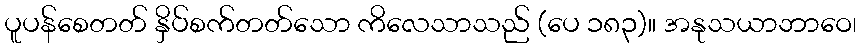
ပူပန်စေတတ် နှိပ်စက်တတ်သော ကိလေသာသည် (ပေ ၁၈၃)။ အနုသယာဘာဝေ၊